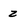
Character: z